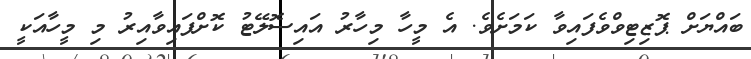
ބައްޔަށް ޕޮޒިޓިވްވެފައިވާ ކަމަށެވެ. އެ މީހާ މިހާރު އައިސޮލޭޓު ކޮށްފައިވާއިރު މި މީހާއަކީ